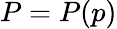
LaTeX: P=P(p)